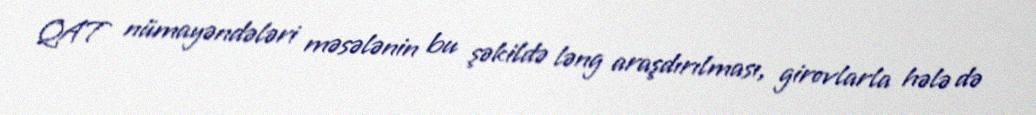
QAT nümayəndələri məsələnin bu şəkildə ləng araşdırılması, girovlarla hələ də